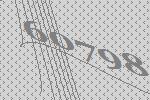
60798